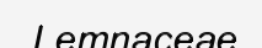
Lemnaceae